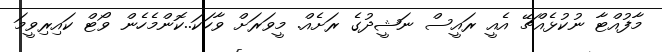
މާފުއްޓާ ނުކުޅެއްޗޭ އެއީ ރައީސް ނަޝީދުގެ ރަށެއް. މީވަރަށް ވާހަކަ..ކޮންމެހެން ވޯޓް ކައިރިވީމަ